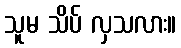
သူမ သိပ် လှသလား။